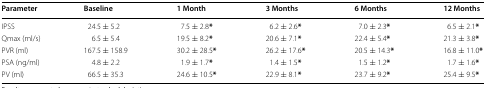
<table><thead><tr><td><b>Parameter</b></td><td><b>Baseline</b></td><td><b>1 Month</b></td><td><b>3 Months</b></td><td><b>6 Months</b></td><td><b>12 Months</b></td></tr></thead><tbody><tr><td>IPSS</td><td>24.5 ± 5.2</td><td>7.5 ± 2.8<b>*</b></td><td>6.2 ± 2.6<b>*</b></td><td>7.0 ± 2.3<b>*</b></td><td>6.5 ± 2.1<b>*</b></td></tr><tr><td>Qmax (ml/s)</td><td>6.5 ± 5.4</td><td>19.5 ± 8.2<b>*</b></td><td>20.6 ± 7.1<b>*</b></td><td>22.4 ± 5.4<b>*</b></td><td>21.3 ± 3.8<b>*</b></td></tr><tr><td>PVR (ml)</td><td>167.5 ± 158.9</td><td>30.2 ± 28.5<b>*</b></td><td>26.2 ± 17.6<b>*</b></td><td>20.5 ± 14.3<b>*</b></td><td>16.8 ± 11.0<b>*</b></td></tr><tr><td>PSA (ng/ml)</td><td>4.8 ± 2.2</td><td>1.9 ± 1.7<b>*</b></td><td>1.4 ± 1.5<b>*</b></td><td>1.5 ± 1.2<b>*</b></td><td>1.7 ± 1.6<b>*</b></td></tr><tr><td>PV (ml)</td><td>66.5 ± 35.3</td><td>24.6 ± 10.5<b>*</b></td><td>22.9 ± 8.1<b>*</b></td><td>23.7 ± 9.2<b>*</b></td><td>25.4 ± 9.5<b>*</b></td></tr></tbody></table>